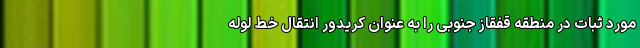
مورد ثبات در منطقه قفقاز جنوبی را به عنوان کریدور انتقال خط لوله